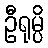
ဦရုမ္ပိ